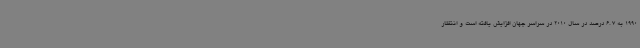
1990 به 7 .6 درصد در سال 2010 در سراسر جهان افزایش یافته است و انتظار